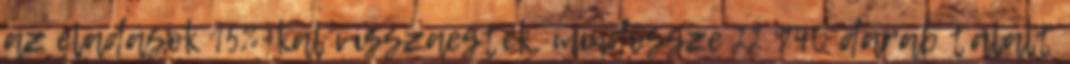
az eladások 15%-kal visszaestek, mindössze 22 940 darab talált